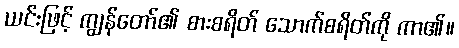
ယင်းဖြင့် ကျွန်တော်၏ စားစရိတ် သောက်စရိတ်ကို ကာ၏။